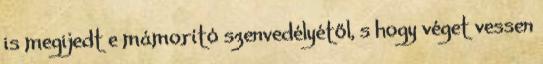
is megijedt e mámorító szenvedélyétől, s hogy véget vessen